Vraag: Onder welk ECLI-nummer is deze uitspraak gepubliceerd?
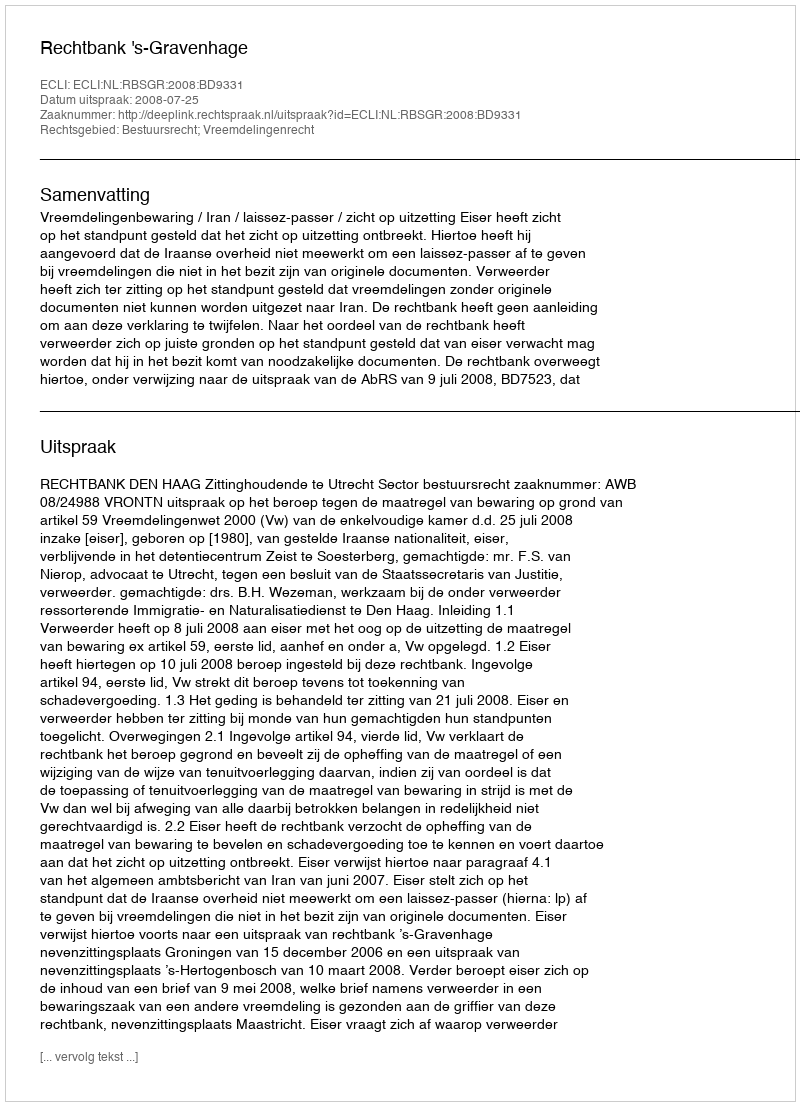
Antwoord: ECLI:NL:RBSGR:2008:BD9331